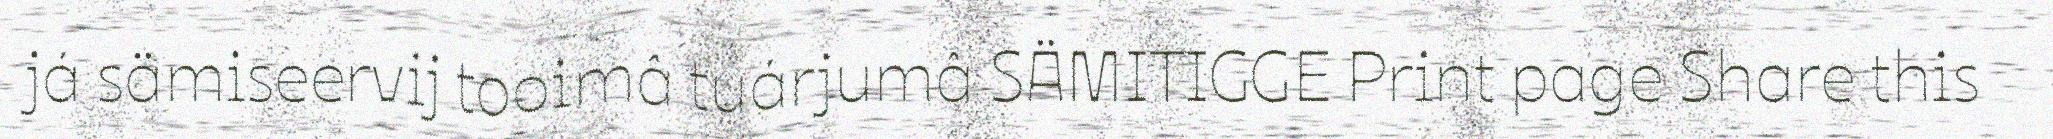
já sämiseervij tooimâ tuárjumâ SÄMITIGGE Print page Share this